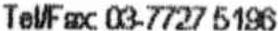
TEL/FAX: 03-7727 5196